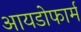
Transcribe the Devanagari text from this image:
आयडोफार्म